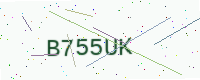
Text: B755UK